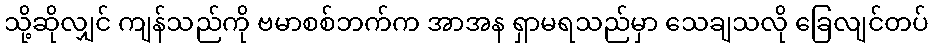
သို့ဆိုလျှင် ကျန်သည်ကို ဗမာစစ်ဘက်က အာအန ရှာမရသည်မှာ သေချသလို ခြေလျင်တပ်